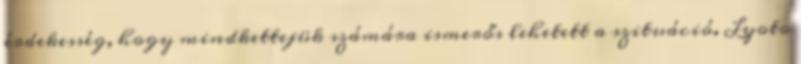
érdekesség, hogy mindkettejük számára ismerős lehetett a szituáció. Lyoto